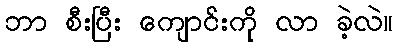
ဘာ စီးပြီး ကျောင်းကို လာ ခဲ့လဲ။